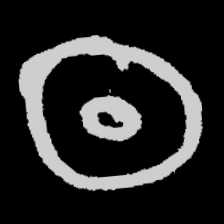
Pyu character \u2014 Myanmar letter: ထ (romanized: tha)